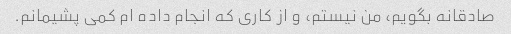
صادقانه بگویم، من نیستم، و از کاری که انجام داده ام کمی پشیمانم.